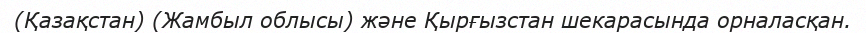
(Қазақстан) (Жамбыл облысы) және Қырғызстан шекарасында орналасқан.